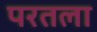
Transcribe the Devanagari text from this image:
परतला